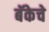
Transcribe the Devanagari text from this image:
बॅकेचे